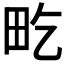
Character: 𤰢